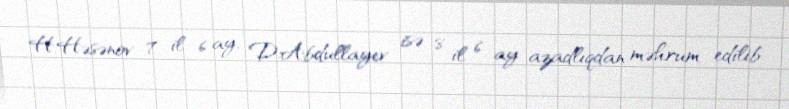
H.Həsənov 7 il 6 ay, D.Abdullayev isə 8 il 6 ay azadlıqdan məhrum edilib.